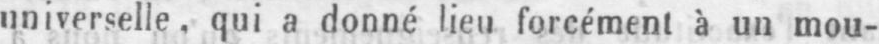
universelle, qui a donné lieu forcément à un mou-